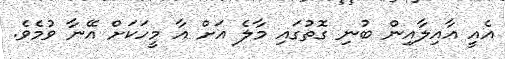
އެއީ އާއިލާއިން ބުނި ގޮތުގައި މާލެ އަށް އާ މީހަކަށް އޭނާ ވުމެވެ.